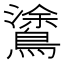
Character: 𪄫